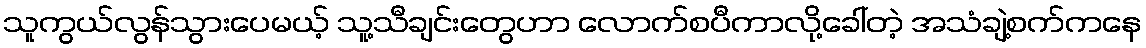
သူကွယ်လွန်သွားပေမယ့် သူ့သီချင်းတွေဟာ လောက်စပီကာလို့ခေါ်တဲ့ အသံချဲ့စက်ကနေ